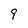
Character: 9